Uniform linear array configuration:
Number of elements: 4
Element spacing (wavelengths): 0.5
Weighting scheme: binomial
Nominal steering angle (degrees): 15
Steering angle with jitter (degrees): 13.417
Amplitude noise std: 0.05
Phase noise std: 0.05

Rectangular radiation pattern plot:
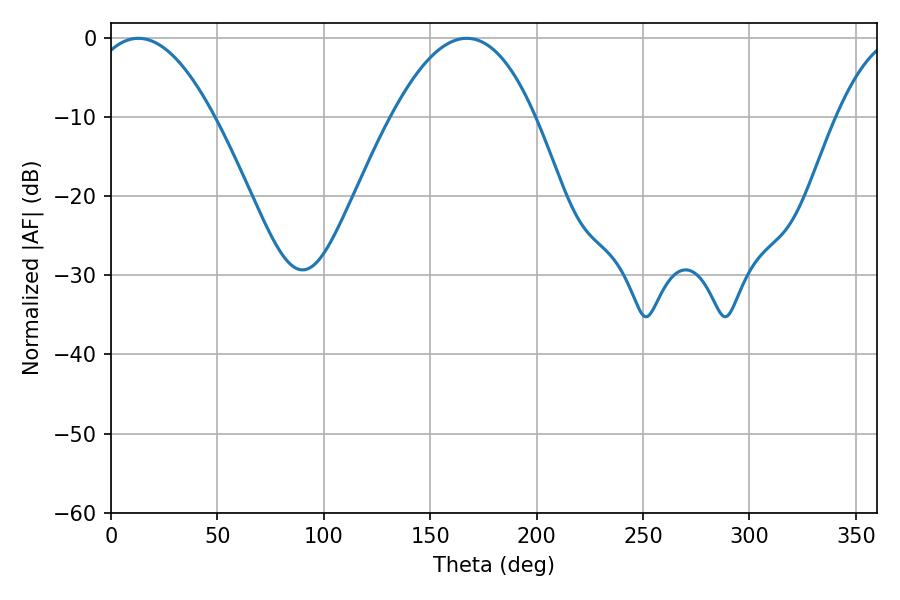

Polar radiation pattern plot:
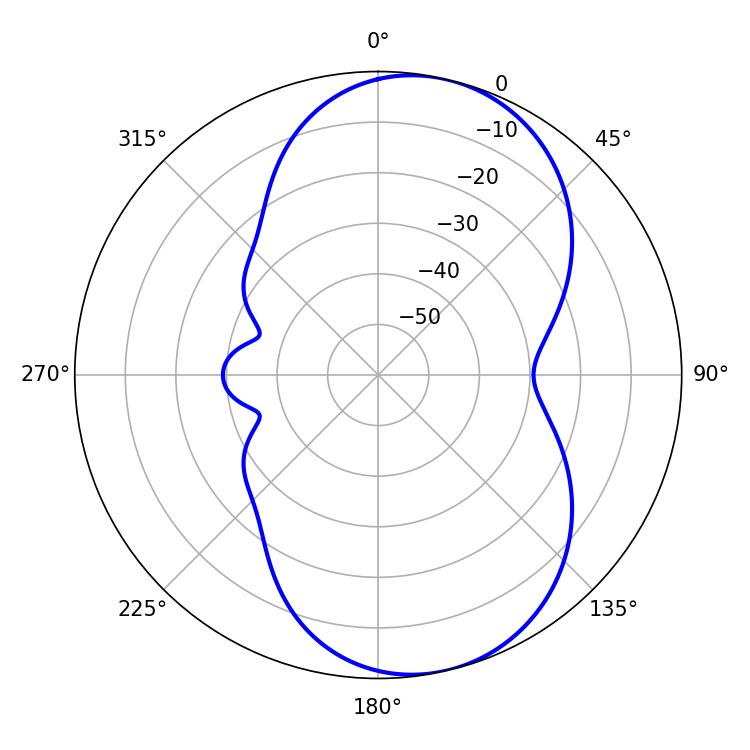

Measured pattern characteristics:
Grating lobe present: FALSE
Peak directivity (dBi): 7.929
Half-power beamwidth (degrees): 31.86
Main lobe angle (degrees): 12.78